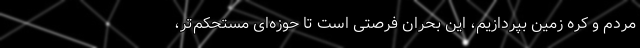
مردم و کره زمین بپردازیم، این بحران فرصتی است تا حوزه‌ای مستحکم‌تر،